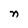
Character: n